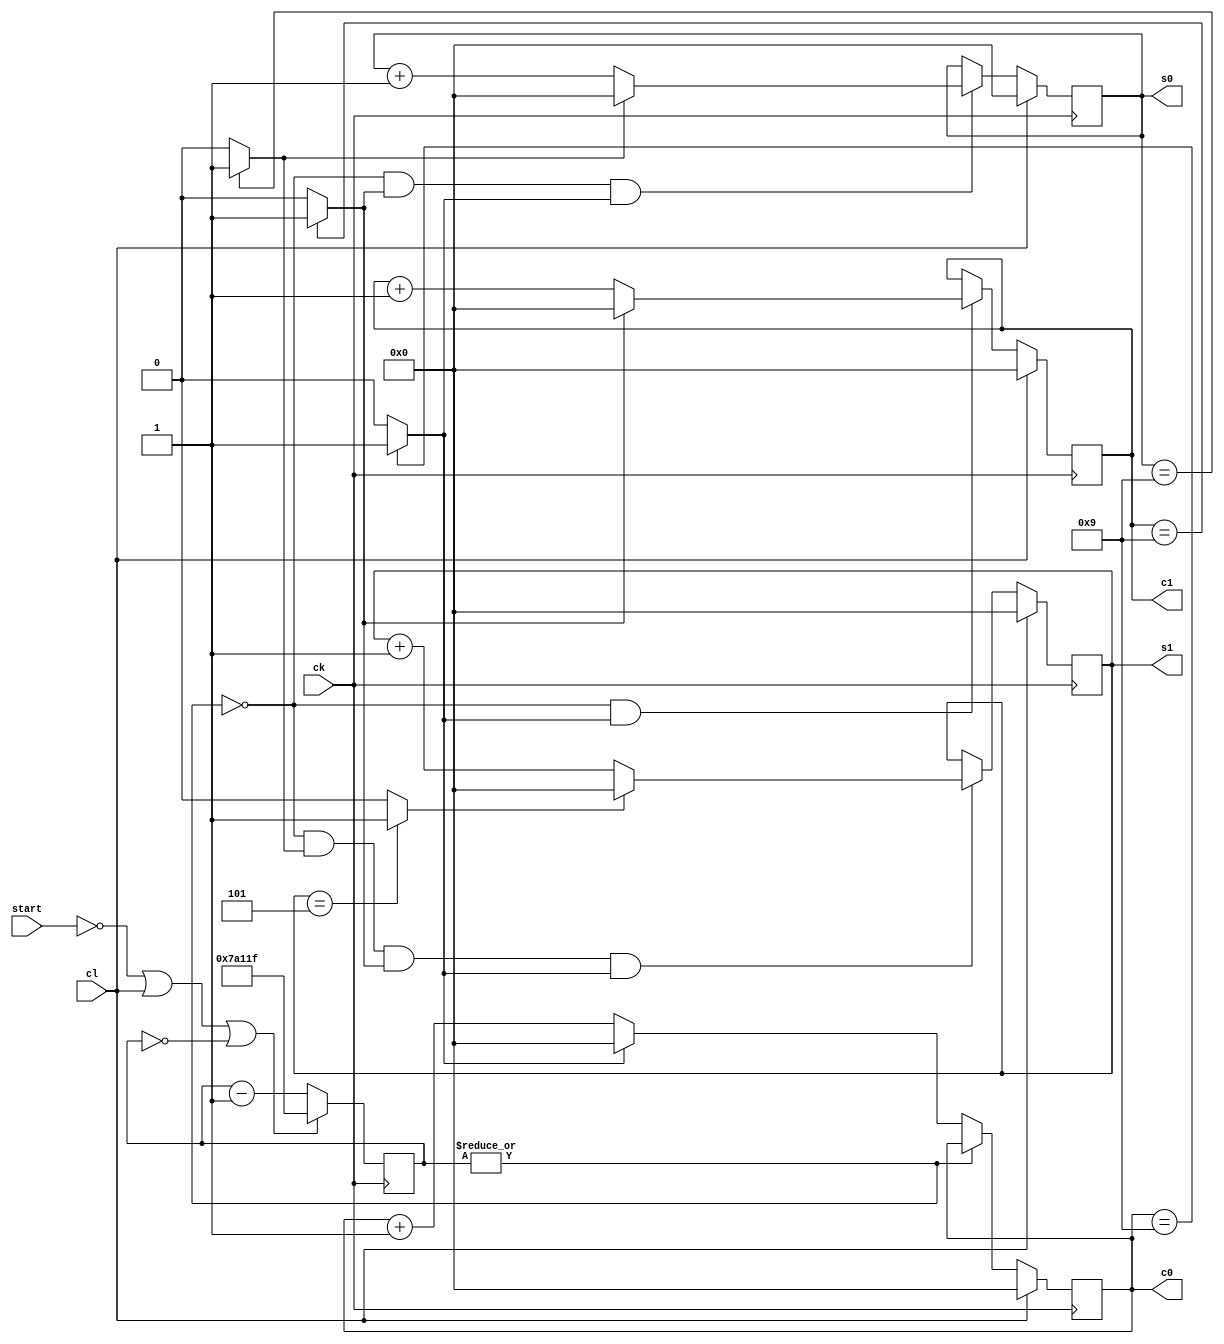
module chrono1 #(
    // Frecuencia del reloj del sistema en Hz
    /* FDIV, calculado a partir de FREQ, será usado por el divisor
    * de frecuencia para ajustar el ritmo de cuenta a centésimas de
    * segundo. Por defecto 50MHz. */
    parameter FREQ = 50000000
    )(
    input wire ck,          // reloj
    input wire cl,          // puesta a cero (activo en alto)
    input wire start,       // habilitación (activo en alto)
    output reg [3:0] c0,    // centésimas de segundo
    output reg [3:0] c1,    // décimas de segundo
    output reg [3:0] s0,    // unidades de segundo
    output reg [3:0] s1     // decenas de segundo
    );

    // Ajuste del divisor de frecuencia. Milisegundos
    /* Los parámetros locales (localparm) sólo tienen validez dentro del
     * módulo en que se definen y no pueden redefinirse al instanciar el
     * componente, salvo con una expresión como en este ejemplo. */
    localparam FDIV = FREQ/100;

    /* Contador usado por el divisor de frecuencia. Con 24 bits es posible
     * emplear relojes externos de hasta 1,6GHz */
    reg [23:0] dcount;    // Contador del divisor de frecuencia

    /* Señales internas de fin de cuenta para cada contador */
    wire c0end;
    wire c1end;
    wire s0end;

    //// Divisor de frecuencia ////
    /* El divisor de frecuencia no es más que un contador descendente que
     * activa una señal de habilitación de cuenta el resto de contadores
     * cada vez que llega a cero. Al llegar a cero es iniciado a FDIV-1,
     * lo que hace que active la señal de habilitación general 'cnt' una
     * vez cada centésima de segundo. Una parada de la cuenta (start) o
     * una puesta a cero del cronómetro (cl) hace que el divisor de
     * frecuencia se detenga y reinicie, deteniendo todo el cronómetro. */
    always @(posedge ck) begin
        if (start == 0 || cl == 1 || dcount == 0)
            dcount <= FDIV - 1;
        else
            dcount <= dcount - 1;
    end

    /* Señal de habilitación generada cuando el divisor llega a cero */
    assign cnt = ~|dcount;

    //// Contador de centésimas (C0) ////
    /* Cada contador se trata por separado y genera una señal de fin de
     * cuenta que será usada por los contadores siguientes */
    always @(posedge ck) begin
        if (cl)
            /* Si se activa cl hacemos una puesta a cero */
            c0 <= 0;
        else if (cnt) begin
            /* Si se activa cnt hay que incrementar la cuenta */
            if (c0end)
                /* Si estábamos en el último estado de cuenta
                 * pasamos al estado 0 (c0end más abajo) */
                c0 <= 0;
            else
                /* Si no hemos llegado al último estado de
                 * cuenta, incrementamos */
                c0 <= c0 + 1;
        end
    end

    /* Generamos la señal de fin de cuenta del contador de centésimas */
    assign c0end = (c0 == 9)? 1:0;

    //// Contador de décimas (C1) ////
    /* El resto de contadores son muy similares, cambiando ligeramente las
     * condiciones que disparan la operación de cuenta */
    always @(posedge ck) begin
        if (cl)
            c1 <= 0;
        else if (cnt & c0end) begin
            /* Contamos solo si se ha habilitado la cuenta (cnt) y
             * el contador anterior (C0) está en su último estado
             * de cuanta. Luego incrementamos C1 como hicimos para
             * C0, teniendo en cuenta el fin de cuenta. */
            if (c1end)
                c1 <= 0;
            else
                c1 <= c1 + 1;
        end
    end

    /* Señal de fin de cuenta de C1 */
    assign c1end = (c1 == 9)? 1:0;

    //// Contador de unidades (S0) ////
    always @(posedge ck) begin
        if (cl)
            s0 <= 0;
        else if (cnt & c1end & c0end) begin
            /* Sólo si hay habilitación y todos los contadores
             * anteriores en fin de cuenta */
            if (s0end)
                s0 <= 0;
            else
                s0 <= s0 + 1;
        end
    end

    /* Señal de fin de cuenta de S0 */
    assign s0end = (s0 == 9)? 1:0;

    //// Contador de decenas (S1) ////
    always @(posedge ck) begin
        if (cl)
            s1 <= 0;
        else if (cnt & s0end & c1end & c0end) begin
            if (s1end)
                s1 <= 0;
            else
                s1 <= s1 + 1;
        end
    end

    assign s1end = (s1 == 5)? 1:0;

endmodule